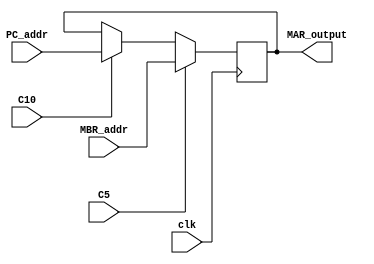
`timescale 1ns / 1ps
//////////////////////////////////////////////////////////////////////////////////
// Company: 
// Engineer: 
// 
// Design Name: 
// Module Name: MAR
// Project Name: 
// Target Devices: 
// Tool Versions: 
// Description: 
// 
// Dependencies: 
// 
// Revision:
// Revision 0.01 - File Created
// Additional Comments:
// 
//////////////////////////////////////////////////////////////////////////////////


module MAR(
    input clk,
    input C5,   // MBR->MAR
    input C10,  // PC->MAR
    input [7:0] MBR_addr,
    input [7:0] PC_addr,
    output reg [7:0] MAR_output
    );
   
    always @(posedge clk)
    begin
        if(C5)
            MAR_output <= MBR_addr;
        else if(C10)
            MAR_output <= PC_addr;
    end
    
    
endmodule